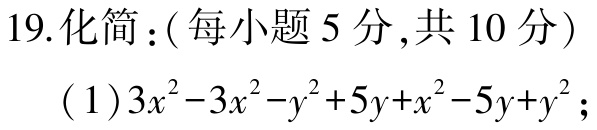
19.化简：(每小题5分,共10分)
(1)$3x^{2}-3x^{2}-y^{2}+5y+x^{2}-5y + y^{2}$；